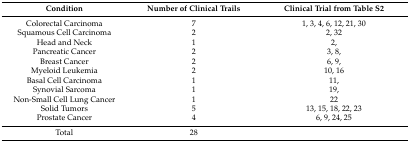
| Condition | Number of Clinical Trails | Clinical Trial from Table S2 |
 | --- | --- | --- |
 | Colorectal Carcinoma | 7 | 1, 3, 4, 6, 12, 21, 30 |
 | Squamous Cell Carcinoma | 2 | 2, 32 |
 | Head and Neck | 1 | 2, |
 | Pancreatic Cancer | 2 | 3, 8, |
 | Breast Cancer | 2 | 6, 9, |
 | Myeloid Leukemia | 2 | 10, 16 |
 | Basal Cell Carcinoma | 1 | 11, |
 | Synovial Sarcoma | 1 | 19, |
 | Non-Small Cell Lung Cancer | 1 | 22 |
 | Solid Tumors | 5 | 13, 15, 18, 22, 23 |
 | Prostate Cancer | 4 | 6, 9, 24, 25 |
 | Total | 28 |  |